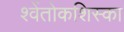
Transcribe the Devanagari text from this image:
श्वेंतोकशिस्का